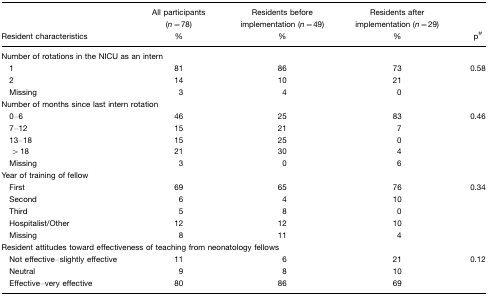
<table><thead><tr><td><b>Resident characteristics</b></td><td><b>All participants (<i>n</i>=78)%</b></td><td><b>Residents before implementation (<i>n</i>=49)%</b></td><td><b>Residents after implementation (<i>n</i>=29)%</b></td><td><b>p#</b></td></tr></thead><tbody><tr><td colspan="5">Number of rotations in the NICU as an intern</td></tr><tr><td> 1</td><td>81</td><td>86</td><td>73</td><td>0.58</td></tr><tr><td> 2</td><td>14</td><td>10</td><td>21</td><td>[EMPTY_CELL]</td></tr><tr><td> Missing</td><td>3</td><td>4</td><td>0</td><td>[EMPTY_CELL]</td></tr><tr><td colspan="5">Number of months since last intern rotation</td></tr><tr><td> 0–6</td><td>46</td><td>25</td><td>83</td><td>0.46</td></tr><tr><td> 7–12</td><td>15</td><td>21</td><td>7</td><td>[EMPTY_CELL]</td></tr><tr><td> 13–18</td><td>15</td><td>25</td><td>0</td><td>[EMPTY_CELL]</td></tr><tr><td>&gt;18</td><td>21</td><td>30</td><td>4</td><td>[EMPTY_CELL]</td></tr><tr><td> Missing</td><td>3</td><td>0</td><td>6</td><td>[EMPTY_CELL]</td></tr><tr><td colspan="5">Year of training of fellow</td></tr><tr><td> First</td><td>69</td><td>65</td><td>76</td><td>0.34</td></tr><tr><td> Second</td><td>6</td><td>4</td><td>10</td><td>[EMPTY_CELL]</td></tr><tr><td> Third</td><td>5</td><td>8</td><td>0</td><td>[EMPTY_CELL]</td></tr><tr><td> Hospitalist/Other</td><td>12</td><td>12</td><td>10</td><td>[EMPTY_CELL]</td></tr><tr><td> Missing</td><td>8</td><td>11</td><td>4</td><td>[EMPTY_CELL]</td></tr><tr><td colspan="5">Resident attitudes toward effectiveness of teaching from neonatology fellows</td></tr><tr><td> Not effective–slightly effective</td><td>11</td><td>6</td><td>21</td><td>0.12</td></tr><tr><td> Neutral</td><td>9</td><td>8</td><td>10</td><td>[EMPTY_CELL]</td></tr><tr><td> Effective–very effective</td><td>80</td><td>86</td><td>69</td><td>[EMPTY_CELL]</td></tr></tbody></table>